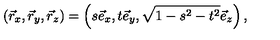
\left( \vec { r } _ { x } , \vec { r } _ { y } , \vec { r } _ { z } \right) = \left( s \vec { e } _ { x } , t \vec { e } _ { y } , \sqrt { 1 - s ^ { 2 } - t ^ { 2 } } \vec { e } _ { z } \right) ,